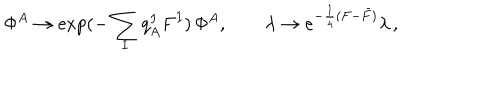
LaTeX: \Phi ^ { A } \to \exp ( - \sum _ { I } q _ { A } ^ { I } F ^ { I } ) \, \Phi ^ { A } , ~ ~ \lambda \rightarrow e ^ { - \frac { 1 } { 4 } ( F - \bar { F } ) } \lambda \, ,